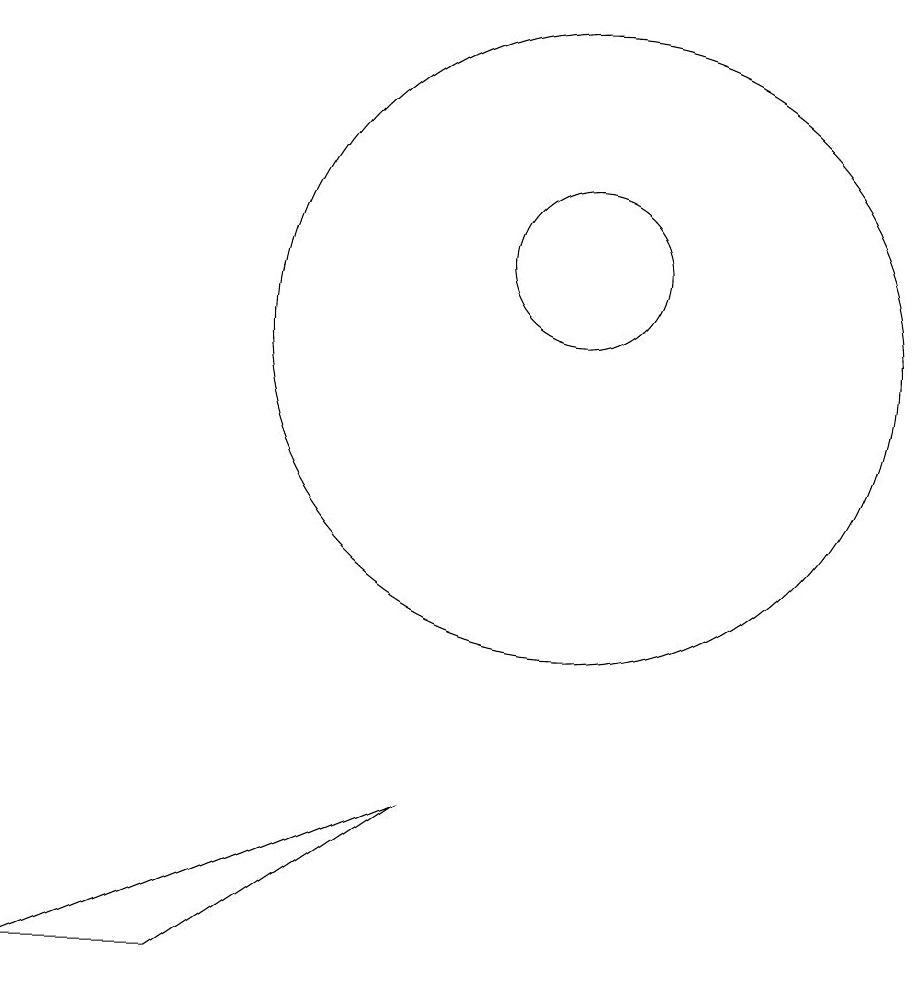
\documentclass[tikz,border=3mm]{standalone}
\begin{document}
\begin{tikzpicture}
\draw (11,12) circle (1);
\draw (9,5) -- (4,3) -- (6,3) -- cycle;
\draw (11,11) circle (4);
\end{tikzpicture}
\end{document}